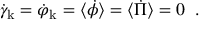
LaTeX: \dot { \gamma } _ { \mathrm { k } } = \dot { \varphi } _ { \mathrm { k } } = \langle \dot { \phi } \rangle = \langle \dot { \Pi } \rangle = 0 \; \; .